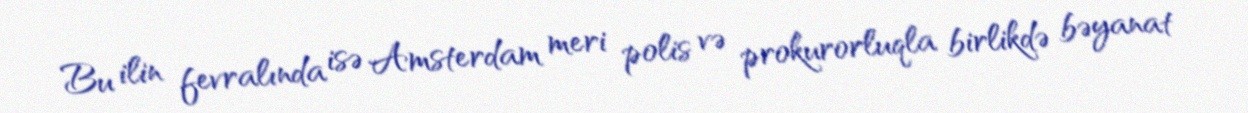
Bu ilin fevralında isə Amsterdam meri polis və prokurorluqla birlikdə bəyanat